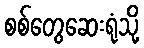
စစ်တွေဆေးရုံသို့